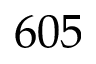
6 0 5